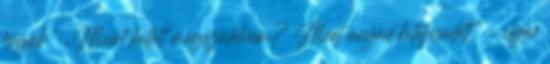
fogok.” „Miért kellett megszületnem? Mert anyád kiteljesedett.” – ilyen